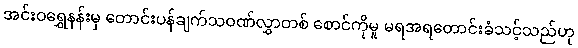
အင်းဝရွှေနန်းမှ တောင်းပန်ချက်သဝဏ်လွှာတစ် စောင်ကိုမူ မရအရတောင်းခံသင့်သည်ဟု